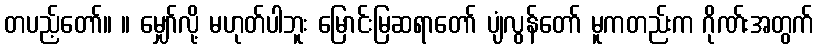
တပည့်တော်။ ။ မျှော်လို့ မဟုတ်ပါဘူး မြောင်းမြဆရာတော် ပျံလွန်တော် မူကတည်းက ဂိုဏ်းအတွက်